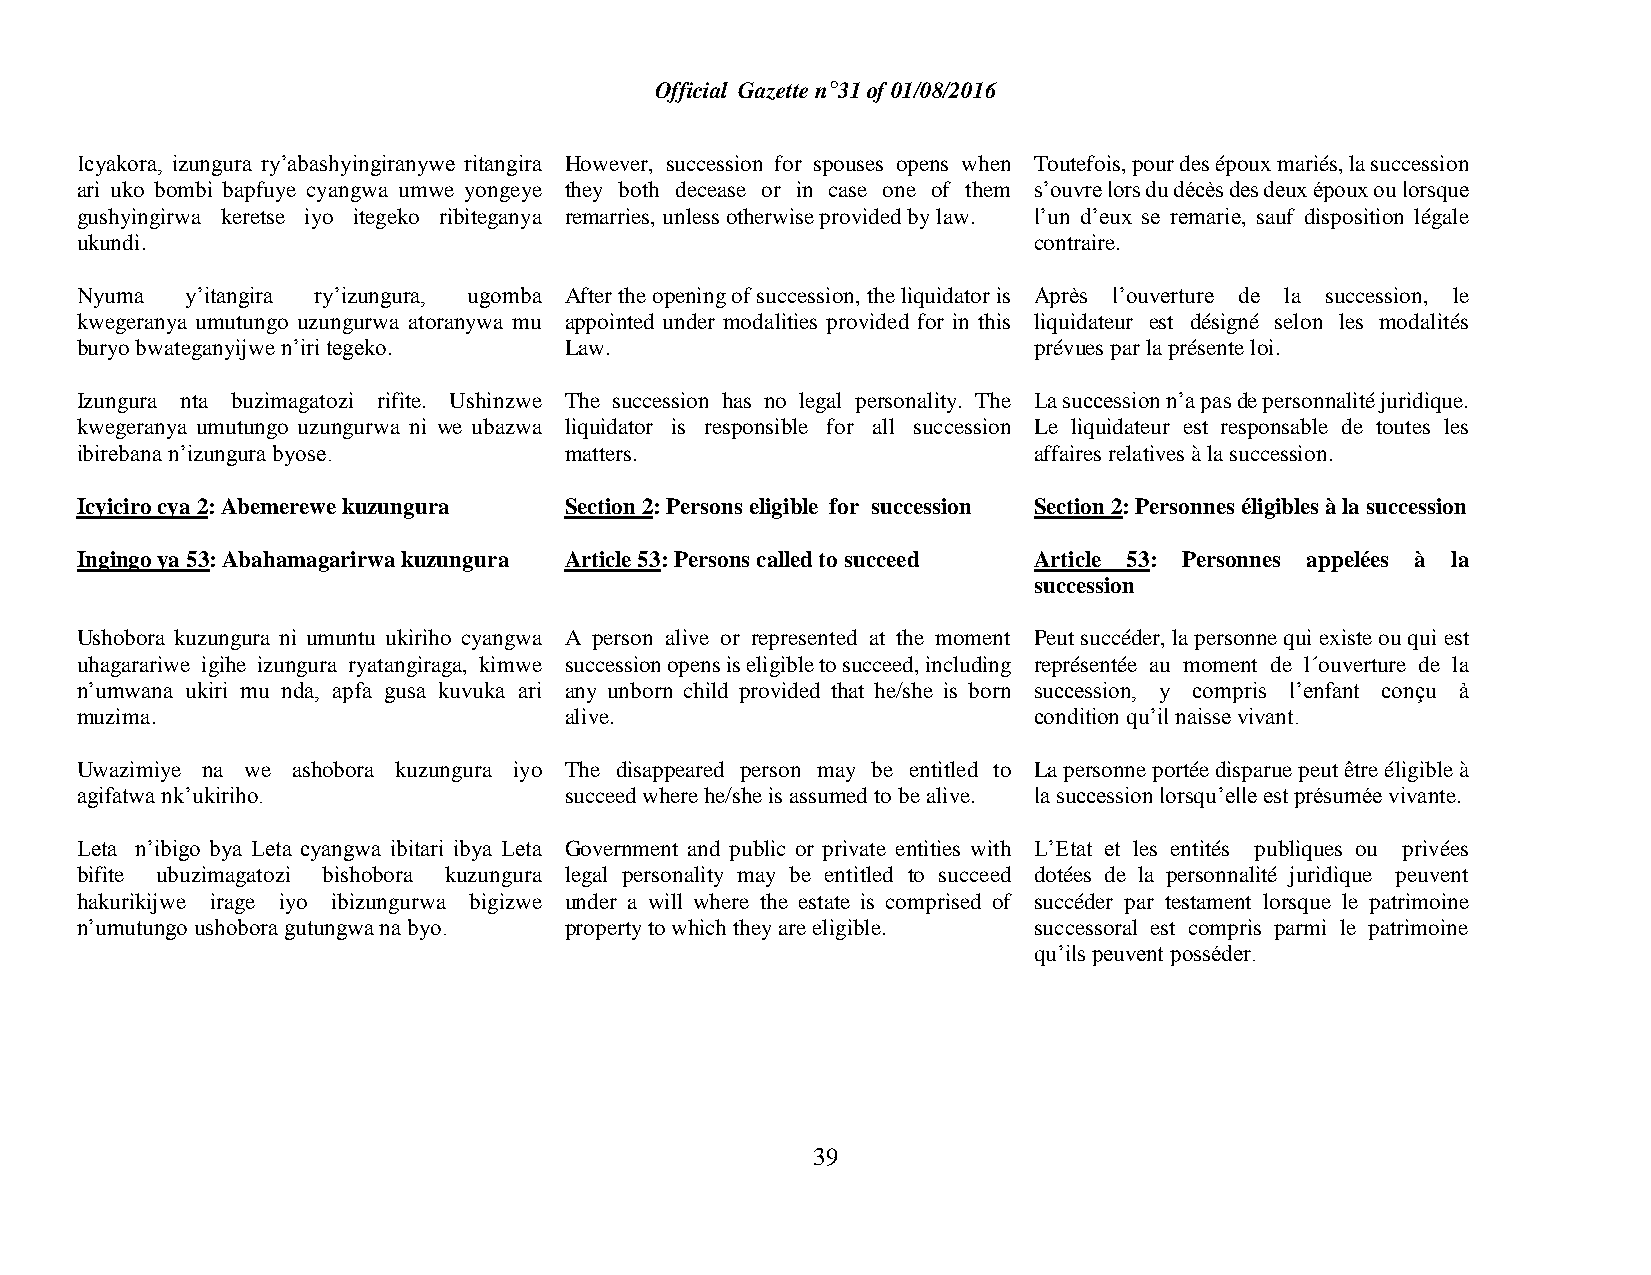
Official Gazette n°31 of 01/08/2016
 Icyakora, izungura ry’abashyingiranywe ritangira However, succession for spouses opens when Toutefois, pour des époux mariés, la succession
 ari uko bombi bapfuye cyangwa umwe yongeye they both decease or in case one of them s’ouvre lors du décès des deux époux ou lorsque
 gushyingirwa keretse iyo itegeko ribiteganya remarries, unless otherwise provided by law. l’un d’eux se remarie, sauf disposition légale
 ukundi.                                                        contraire.
 Nyuma  y’itangira ry’izungura, ugomba After the opening of succession, the liquidator is Après l’ouverture de la succession, le
 kwegeranya umutungo uzungurwa atoranywa mu appointed under modalities provided for in this liquidateur est désigné selon les modalités
 buryo bwateganyijwe n’iri tegeko. Law.                         prévues par la présente loi.
 Izungura nta buzimagatozi rifite. Ushinzwe The succession has no legal personality. The La succession n’a pas de personnalité juridique.
 kwegeranya umutungo uzungurwa ni we ubazwa liquidator is responsible for all succession Le liquidateur est responsable de toutes les
 ibirebana n’izungura byose.     matters.                       affaires relatives à la succession.
 Icyiciro cya 2: Abemerewe kuzungura Section 2: Persons eligible for succession Section 2: Personnes éligibles à la succession
 Ingingo ya 53: Abahamagarirwa kuzungura Article 53: Persons called to succeed Article 53: Personnes appelées à la
 succession
 Ushobora kuzungura ni umuntu ukiriho cyangwa A person alive or represented at the moment Peut succéder, la personne qui existe ou qui est
 uhagarariwe igihe izungura ryatangiraga, kimwe succession opens is eligible to succeed, including représentée au moment de l´ouverture de la
 n’umwana ukiri mu nda, apfa gusa kuvuka ari any unborn child provided that he/she is born succession, y compris l’enfant conçu à
 muzima.                         alive.                         condition qu’il naisse vivant.
 Uwazimiye na we ashobora kuzungura iyo The disappeared person may be entitled to La personne portée disparue peut être éligible à
 agifatwa nk’ukiriho.            succeed where he/she is assumed to be alive. la succession lorsqu’elle est présumée vivante.
 Leta n’ibigo bya Leta cyangwa ibitari ibya Leta Government and public or private entities with L’Etat et les entités publiques ou privées
 bifite ubuzimagatozi bishobora kuzungura legal personality may be entitled to succeed dotées de la personnalité juridique peuvent
 hakurikijwe irage iyo ibizungurwa bigizwe under a will where the estate is comprised of succéder par testament lorsque le patrimoine
 n’umutungo ushobora gutungwa na byo. property to which they are eligible. successoral est compris parmi le patrimoine
 qu’ils peuvent posséder.
 39